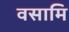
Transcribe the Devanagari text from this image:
वसामि